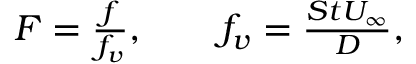
\begin{array} { r } { F = \frac { f } { f _ { v } } , \qquad f _ { v } = \frac { S t U _ { \infty } } { D } , } \end{array}